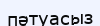
пәтуасыз